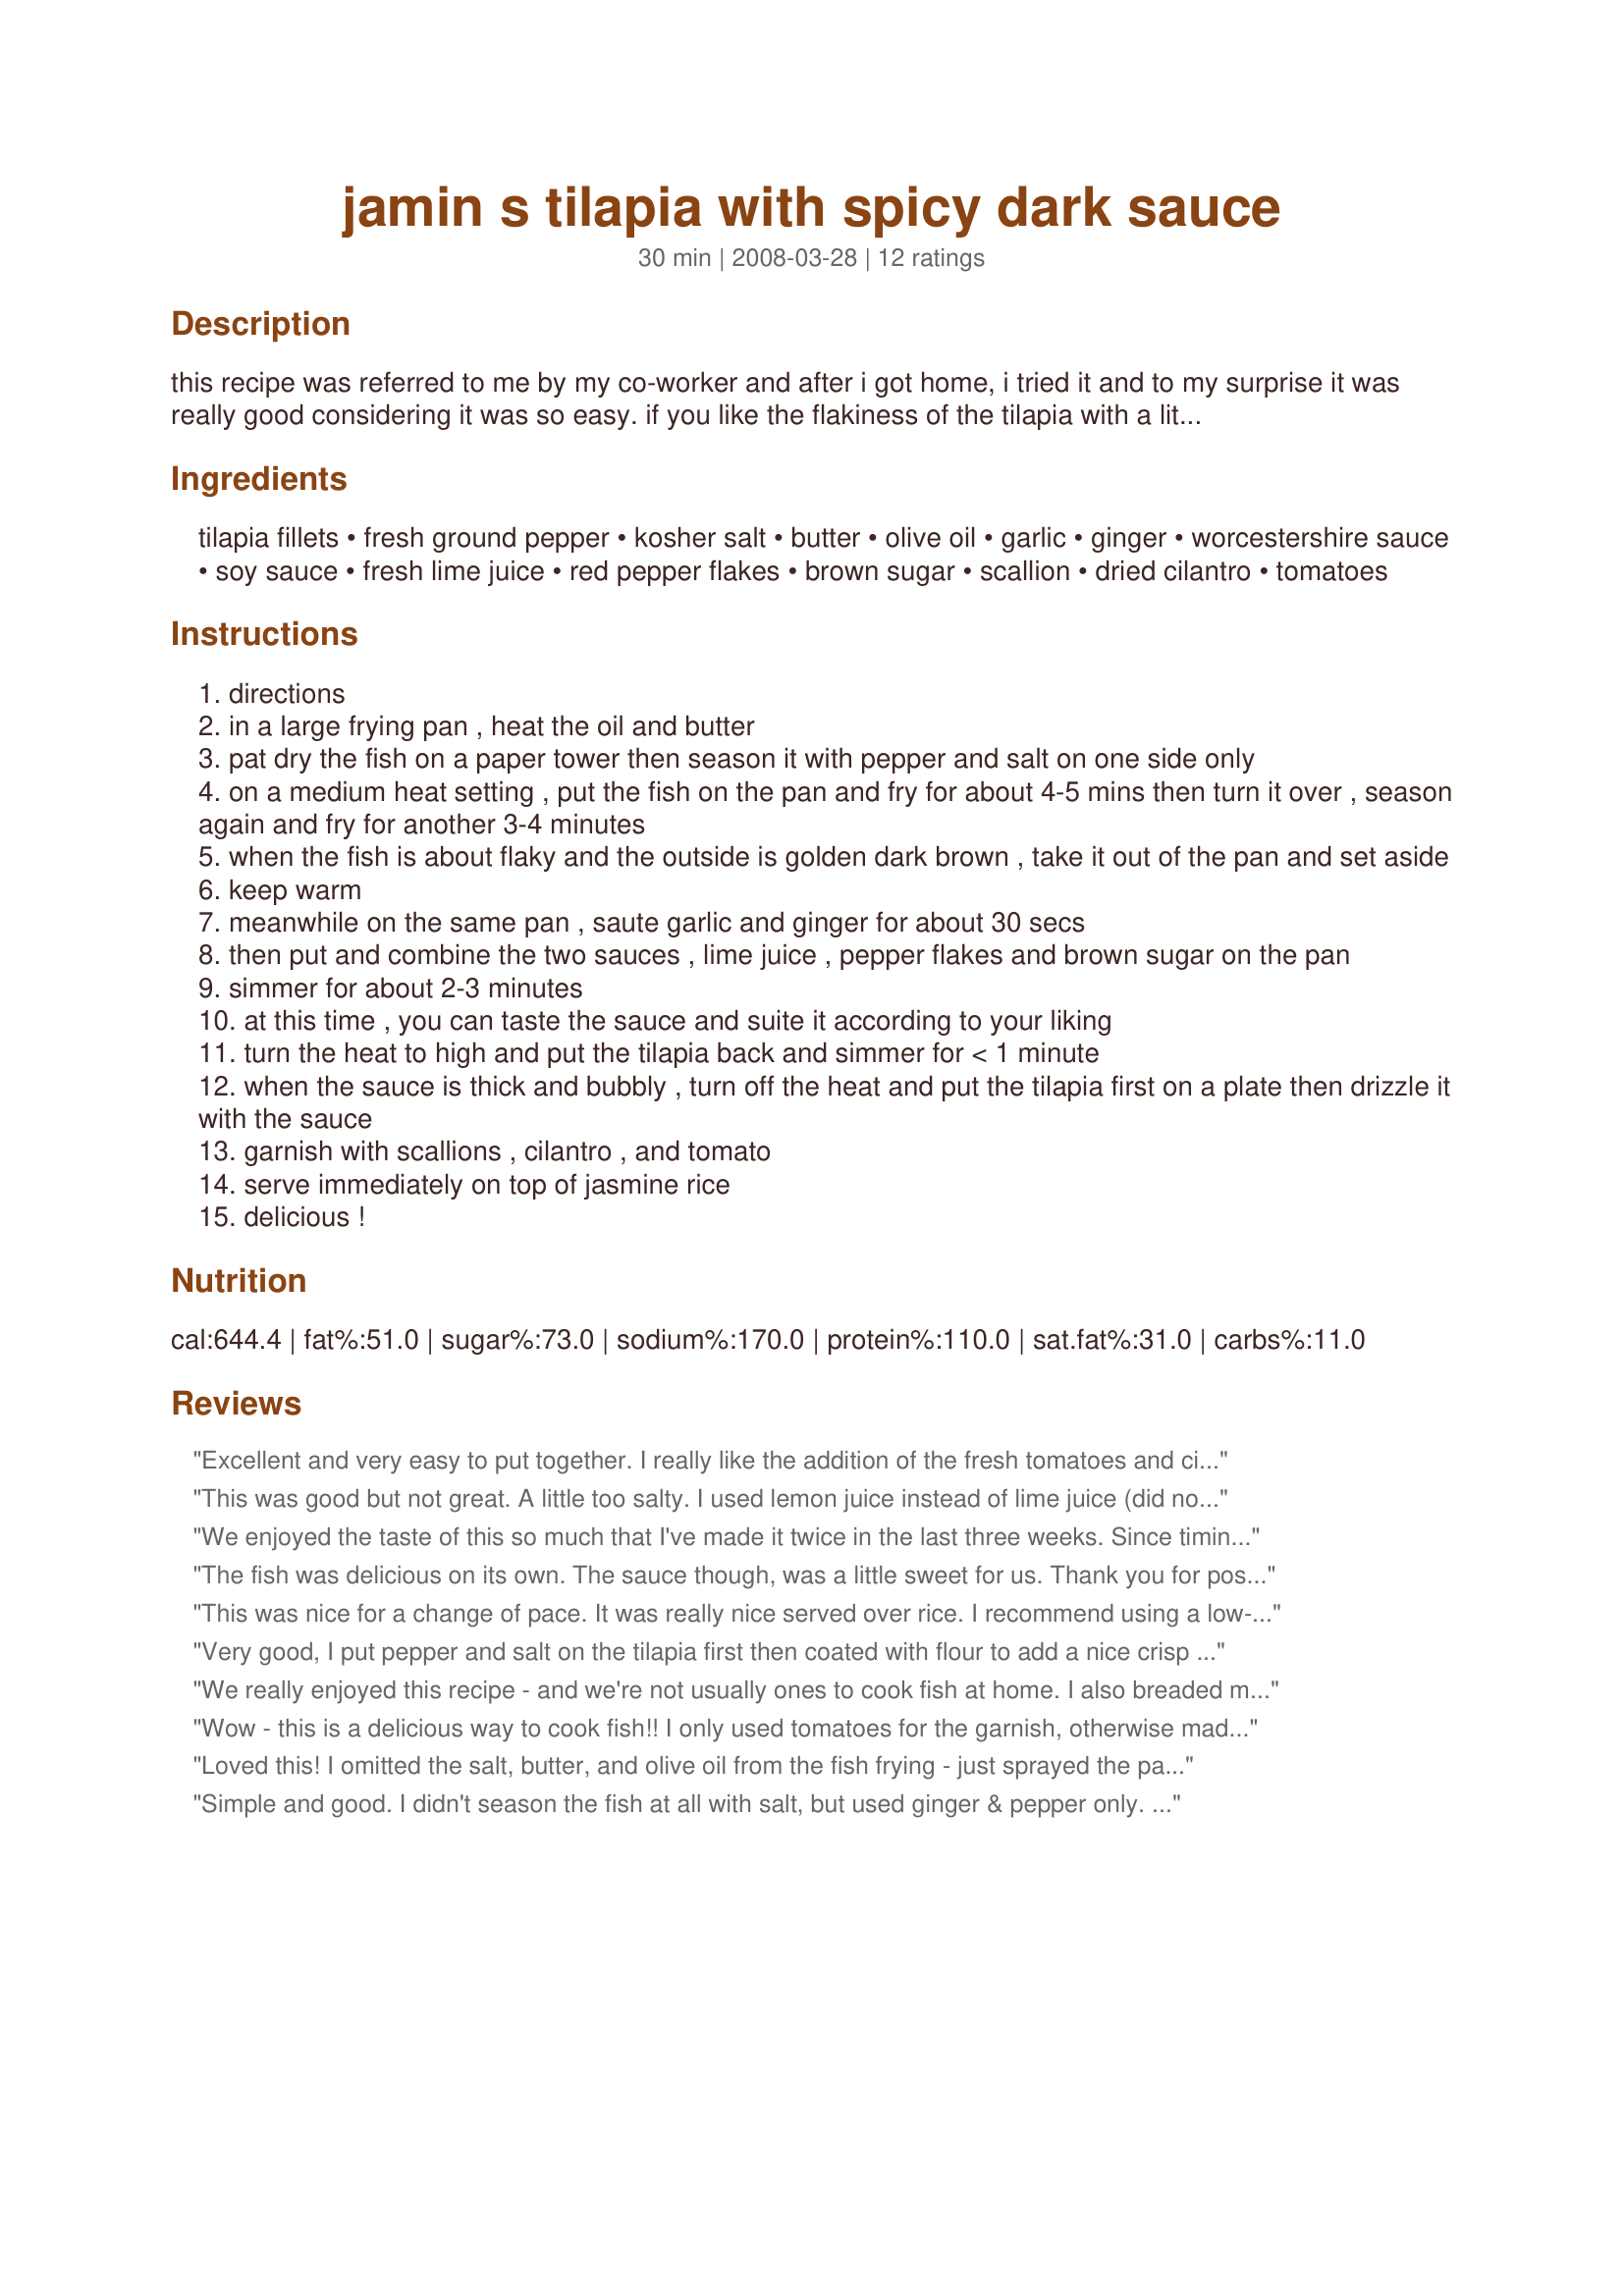
jamin s tilapia with spicy dark sauce
Preparation time: 30 minutes

this recipe was referred to me by my co-worker and after i got home, i tried it and to my surprise it was really good considering it was so easy. if you like the flakiness of the tilapia with a little bit of spice, this one's for you! i usually did not measure my recipe and just suited it according to my taste. delicious! hope you enjoy it!

Ingredients:
tilapia fillets, fresh ground pepper, kosher salt, butter, olive oil, garlic, ginger, worcestershire sauce, soy sauce, fresh lime juice, red pepper flakes, brown sugar, scallion, dried cilantro, tomatoes

Steps:
directions
in a large frying pan , heat the oil and butter
pat dry the fish on a paper tower then season it with pepper and salt on one side only
on a medium heat setting , put the fish on the pan and fry for about 4-5 mins then turn it over , season again and fry for another 3-4 minutes
when the fish is about flaky and the outside is golden dark brown , take it out of the pan and set aside
keep warm
meanwhile on the same pan , saute garlic and ginger for about 30 secs
then put and combine the two sauces , lime juice , pepper flakes and brown sugar on the pan
simmer for about 2-3 minutes
at this time , you can taste the sauce and suite it according to your liking
turn the heat to high and put the tilapia back and simmer for < 1 minute
when the sauce is thick and bubbly , turn off the heat and put the tilapia first on a plate then drizzle it with the sauce
garnish with scallions , cilantro , and tomato
serve immediately on top of jasmine rice
delicious !

Reviews:
Excellent and very easy to put together. I really like the addition of the fresh tomatoes and cilantro. I even doubled the fresh chopped tomatoes. Wow, so good. Keeper recipe.
This was good but not great. A little too salty. I used lemon juice instead of lime juice (did not have any lime juice on hand). I would make this again but not season the fish before pan frying. Also I would probably use less oil and maybe a little more ginger. Husband enjoyed it but stated too salty.
We enjoyed the taste of this so much that I've made it twice in the last three weeks. Since timing of dinner was an issue, I actually made the sauce first and set it aside, then fried the fish once everyone had arrived since it cooks quickly. Thanks, jApZerlearns2cOOk41, for this tasty recipe.
The fish was delicious on its own. The sauce though, was a little sweet for us. Thank you for posting.
This was nice for a change of pace. It was really nice served over rice. I recommend using a low-sodium soy sauce. Thank you for a different way to prepare tilapia.
Very good, I put pepper and salt on the tilapia first then coated with flour to add a nice crisp to the fish. For the sauce I added about a TBSP of butter to thicken a bit. I also did not have any tomatoes or green onion, and it still came out great.
We really enjoyed this recipe - and we're not usually ones to cook fish at home. I also breaded my filets a little, then I stuck them in the broiler for a few minutes at the end to crisp them up. Great sauce!
Wow - this is a delicious way to cook fish!! I only used tomatoes for the garnish, otherwise made just as specified. The sauce is absolutely fantastic - rich and spicy - and is a perfect complement to the mild fish. Really enjoyed this - thanks for sharing the recipe! Made for the Best of 2008 event
Loved this! I omitted the salt, butter, and olive oil from the fish frying - just sprayed the pan with nonstick cooking spray and covered the fish with the pepper. I also used low-sodium soy sauce in the sauce to decrease the sodium a bit. I subbed some cayenne pepper for the red pepper flakes, as that is what I had on hand. The fish and sauce were so lovely - a blend of tangy, sweet and a little spicy. Thank you for a definite keeper!
Simple and good. I didn't season the fish at all with salt, but used ginger & pepper only. I also used a drizzle of honey in place of the brown sugar.
This was outstanding! My husband and I enjoyed it immensely and what a lovely surprise the sauce was with the garnishes. Just a delightful combination of flavors that went well with steamed rice. I omitted the red pepper flakes which left it with the perfect level of kick from the Worcestershire sauce for our novice tongues. This one will be made again and again, particularly for those nights when I don't want to put too much effort into a dish, but which results in big flavor payoff. Thank you so much for posting and many thanks to your co-worker, too!
Yum! I made this exactly as directed and really enjoyed it a lot. Tilapia is such a mild fish, so I like to use sauces with a lot of flavor. The ingredient list is unusual, but it really works together well. Thanks for posting this!
